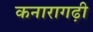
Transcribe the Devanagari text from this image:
कनारागढ़ी